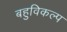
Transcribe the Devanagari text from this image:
बहुविकल्प